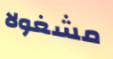
مشغولا